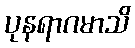
ပုနရာဂမာသိ